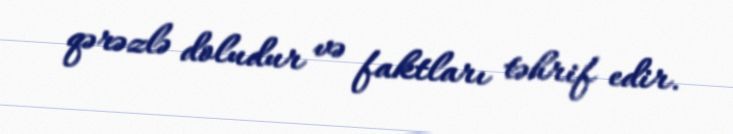
qərəzlə doludur və faktları təhrif edir.